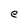
Character: e